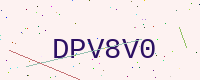
Text: DPV8V0